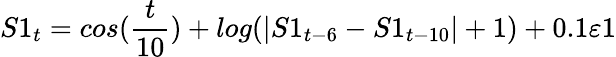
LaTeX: S1_{t}=cos(\frac{t}{10})+log(|S1_{t-6}-S1_{t-10}|+1)+0.1\varepsilon 1